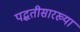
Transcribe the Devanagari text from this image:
पद्धतीसारख्या